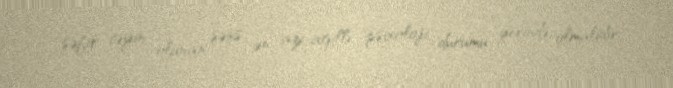
səfir təyin olunan şəxs ən azı ağıllı, psixoloji durumu yerində olmalıdır,